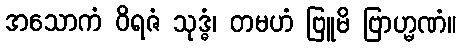
အသောကံ ဝိရဇံ သုဒ္ဓံ၊ တမဟံ ဗြူမိ ဗြာဟ္မဏံ။